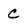
Character: c